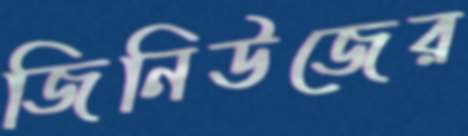
জিনিউজের